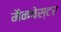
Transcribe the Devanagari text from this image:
मैनचेस्‍टर